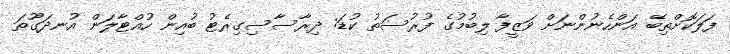
ފަލަކޮށްތިބޭ އަންހެނުންނަށް ވަޒީފާ ލިބުމުގެ ފުރުސަތު ކުޑަ: ދިރާސާސިގިރެޓު ބުއިން ހުއްޓާލަން އުނދަގޫތަ